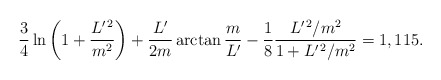
\begin{align*}\frac 34\ln\left(1 + \frac{L^{\prime\,2}}{m^2}\right) +\frac{L^\prime}{2m}\arctan\frac m{L^\prime} -\frac 18\frac{L^{\prime\,2}/m^2}{1 + L^{\prime\,2}/m^2} = 1,115.\end{align*}